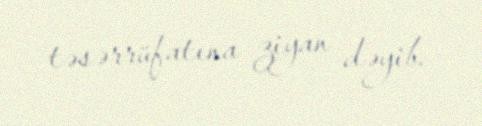
təsərrüfatına ziyan dəyib.